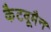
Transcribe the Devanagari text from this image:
कैटवूमैन